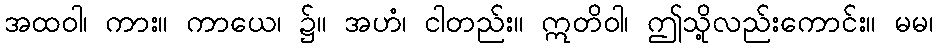
အထဝါ၊ ကား။ ကာယေ၊ ၌။ အဟံ၊ ငါတည်း။ ဣတိဝါ၊ ဤသို့လည်းကောင်း။ မမ၊